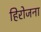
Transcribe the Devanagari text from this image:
हिरोजना